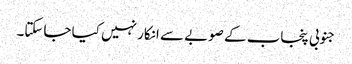
جنوبی پنجاب کے صوبے سے انکار نہیں کیا جاسکتا۔